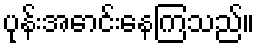
ပုန်းအောင်းနေကြသည်။